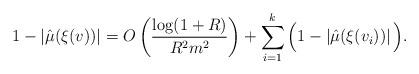
LaTeX: \begin{align*} 1 - \left|\hat{\mu}(\xi(v))\right| = O\left(\frac{\log(1+R)}{R^2m^2} \right) + \sum_{i=1}^k \Big( 1 - \left|\hat{\mu}(\xi(v_i)) \right| \Big).\end{align*}